Civil Veterinary Department Bihar & Orissa reports 1929-36 - 1929-1936
Year: 1929
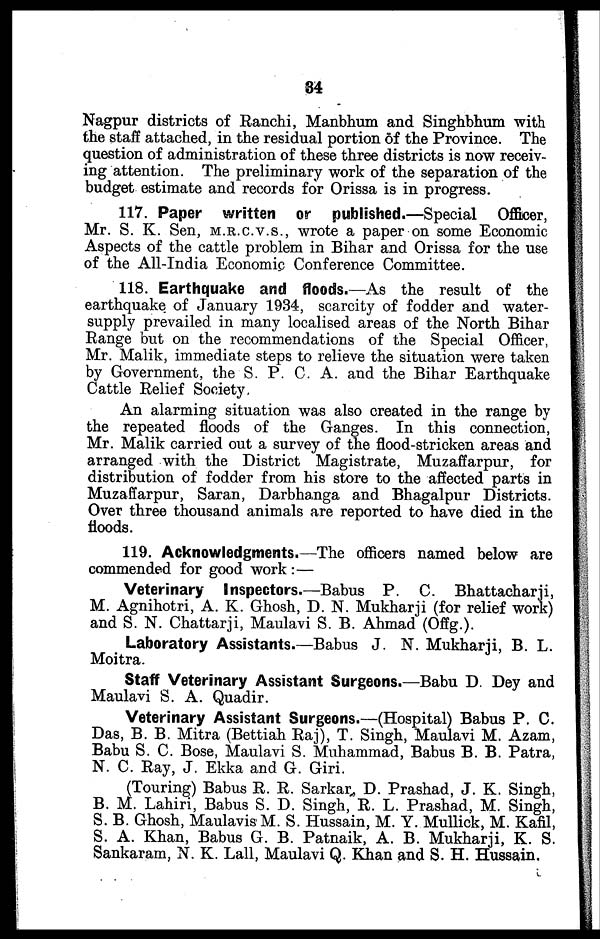
34
Nagpur districts of Ranchi, Manbhum and Singhbhum with
the staff attached, in the residual portion of the Province. The
question of administration of these three districts is now receiv-
ing attention. The preliminary work of the separation of the
budget estimate and records for Orissa is in progress.
117. Paper written or published.—Special Officer,
Mr. S. K. Sen, M.R.C.V.S., wrote a paper on some Economic
Aspects of the cattle problem in Bihar and Orissa for the use
of the All-India Economic Conference Committee.
118. Earthquake and floods.—As the result of the
earthquake of January 1934, scarcity of fodder and water-
supply prevailed in many localised areas of the North Bihar
Range but on the recommendations of the Special Officer,
Mr. Malik, immediate steps to relieve the situation were taken
by Government, the S. P. C. A. and the Bihar Earthquake
Cattle Relief Society.
An alarming situation was also created in the range by
the repeated floods of the Ganges. In this connection,
Mr. Malik carried out a survey of the flood-stricken areas and
arranged with the District Magistrate, Muzaffarpur, for
distribution of fodder from his store to the affected parts in
Muzaffarpur, Saran, Darbhanga and Bhagalpur Districts.
Over three thousand animals are reported to have died in the
floods.
119. Acknowledgments.—The officers named below are
commended for good work :—
Veterinary Inspectors.—Babus P. C. Bhattacharji,
M. Agnihotri, A. K. Ghosh, D. N. Mukharji (for relief work)
and S. N. Chattarji, Maulavi S. B. Ahmad (Offg.).
Laboratory Assistants.—Babus J. N. Mukharji, B. L.
Moitra.
Staff Veterinary Assistant Surgeons.—Babu D Dey and
Maulavi S. A. Quadir.
Veterinary Assistant Surgeons.—(Hospital) Babus P. C.
Das, B. B. Mitra (Bettiah Raj), T. Singh, Maulavi M. Azam,
Babu S. C. Bose, Maulavi S. Muhammad, Babus B. B. Patra,
N. C. Ray, J. Ekka and G. Giri.
(Touring) Babus R. R. Sarkar D. Prashad, J. K. Singh,
B. M. Lahiri, Babus S. D. Singh, R. L. Prashad, M. Singh,
S. B. Ghosh, Maulavis M. S. Hussain, M. Y. Mullick, M. Kafil,
S. A. Khan, Babus G. B. Patnaik, A. B. Mukharji, K. S.
Sankaram, N. K. Lall, Maulavi Q. Khan and S. H. Hussain.